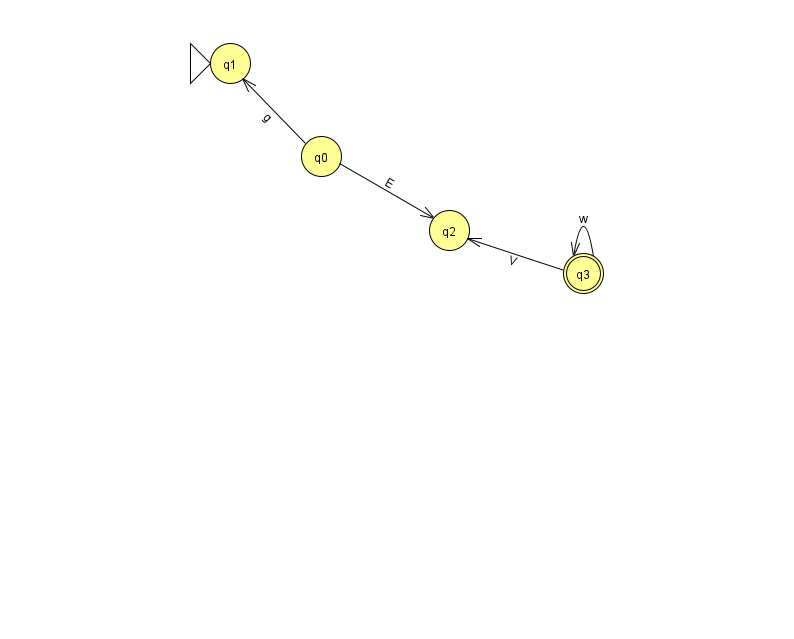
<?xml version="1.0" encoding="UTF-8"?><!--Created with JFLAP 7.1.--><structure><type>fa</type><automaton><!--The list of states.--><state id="0" name="q0"><x>321.0</x><y>143.0</y></state><state id="1" name="q1"><x>230.0</x><y>50.0</y><initial/></state><state id="2" name="q2"><x>449.0</x><y>217.0</y></state><state id="3" name="q3"><x>583.0</x><y>260.0</y><final/></state><!--The list of transitions.--><transition><from>3</from><to>3</to><read>w</read></transition><transition><from>0</from><to>2</to><read>E</read></transition><transition><from>3</from><to>2</to><read>V</read></transition><transition><from>0</from><to>1</to><read>g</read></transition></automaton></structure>